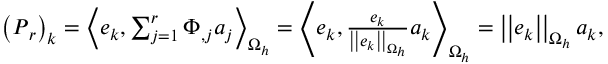
\begin{array} { r } { \left( \boldsymbol { P } _ { r } \right) _ { k } = \left< \boldsymbol { e } _ { k } , \sum _ { j = 1 } ^ { r } \Phi _ { , j } a _ { j } \right> _ { \Omega _ { h } } = \left< \boldsymbol { e } _ { k } , \frac { \boldsymbol { e } _ { k } } { \left| \left| \boldsymbol { e } _ { k } \right| \right| _ { \Omega _ { h } } } a _ { k } \right> _ { \Omega _ { h } } = \left| \left| \boldsymbol { e } _ { k } \right| \right| _ { \Omega _ { h } } a _ { k } , } \end{array}